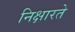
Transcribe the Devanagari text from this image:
निक्षारते